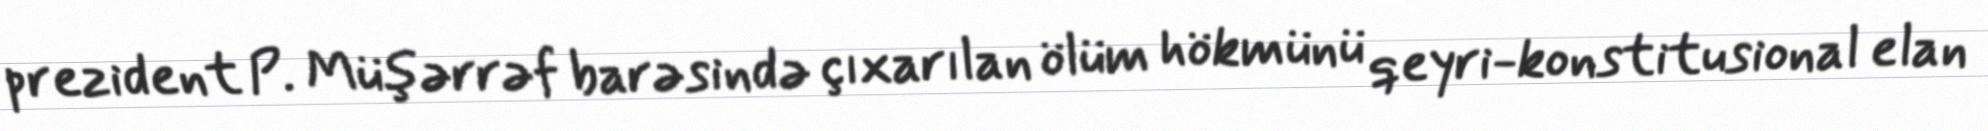
prezident P. Müşərrəf barəsində çıxarılan ölüm hökmünü qeyri-konstitusional elan